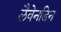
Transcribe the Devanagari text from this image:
लैवेनडिन